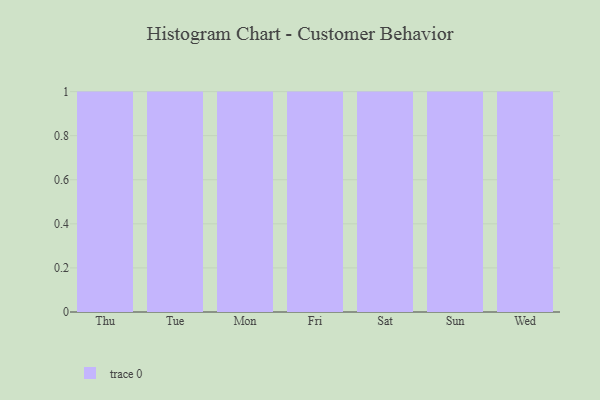
{"axis": {"x": "Day", "y": "Headcount"}, "legend": [""], "data": [{"x": "Thu", "y": 34, "type": ""}, {"x": "Tue", "y": 67, "type": ""}, {"x": "Mon", "y": 5, "type": ""}, {"x": "Fri", "y": 16, "type": ""}, {"x": "Sat", "y": 66, "type": ""}, {"x": "Sun", "y": 70, "type": ""}, {"x": "Wed", "y": 3, "type": ""}]}